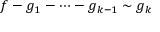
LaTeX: f - g _ { 1 } - \cdots - g _ { k - 1 } \sim g _ { k }